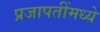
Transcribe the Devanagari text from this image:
प्रजापतींमध्ये